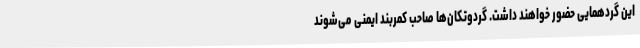
این گردهمایی حضور خواهند داشت. گردوتکان‌ها صاحب کمربند ایمنی می‌شوند